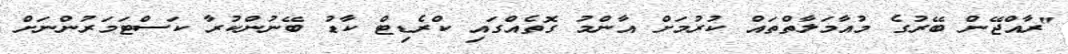
"ރާއްޖޭން ބޭރުގެ މުއާމަލާތްތައް ކުރުމަށް އާންމު ގޮތެއްގައި ކްރެޑިޓް ކާޑު ބޭނުންކުރާ ކަސްޓަމަރުންނަށް